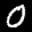
Label: 0